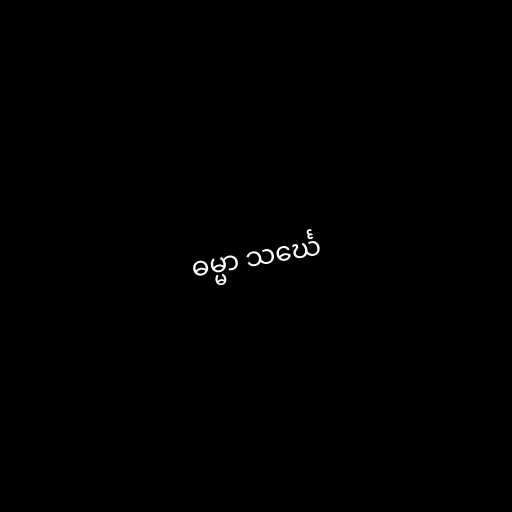
ဓမ္မာ သင်္ဃေ